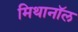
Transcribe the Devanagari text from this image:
मिथानॉल